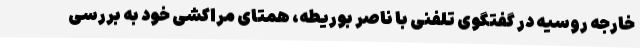
خارجه روسیه در گفتگوی تلفنی با ناصر بوریطه، همتای مراکشی خود به بررسی